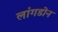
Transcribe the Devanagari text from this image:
लांगडोन